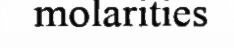
molarities